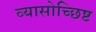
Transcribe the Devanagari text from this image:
व्यासोच्छिष्ट